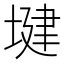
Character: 𫮑